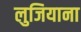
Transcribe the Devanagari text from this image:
लुजियाना